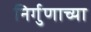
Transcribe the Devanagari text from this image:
निर्गुणाच्या